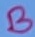
Text: B